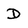
Character: D